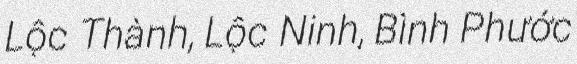
Lộc Thành, Lộc Ninh, Bình Phước